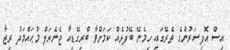
އިސް އޮފިސަރުންގެ ތެރޭގައި ހިމެނޭ ބޭފުޅެއް ކަމަށްވާ ބްރިގޭޑިއާ ޖެނެރަލް މުޙައްމަދު ރިޒާ